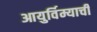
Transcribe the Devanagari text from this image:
आयुर्विम्याची